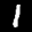
Label: 1